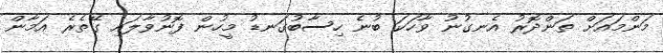
މަންމައަށް ތަންދޮރު އެނގުނު ވާހަކަ ބުނެ ހިސާބުގަނޑު މީހުން ފޮނުވާލައި ގޭތެރެ އަމާން